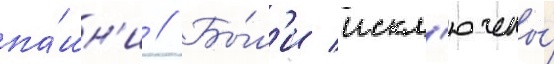
па́шн'и // Бы́л'и искл'ючены́